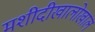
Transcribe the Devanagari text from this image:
मशीदीखालोखाल